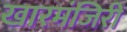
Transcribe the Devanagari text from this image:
खारमंजिरी